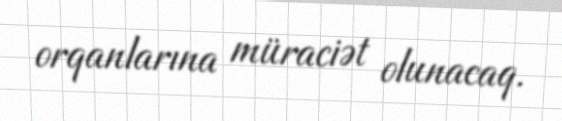
orqanlarına müraciət olunacaq.